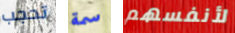
تحجب سمة لأنفسهم